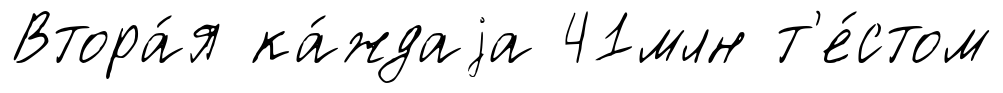
Втора́я ка́ждаjа 41млн т'е́стом